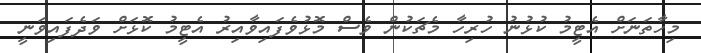
މިހާތަނަށް އެޓީމު ކުޅުނު ހުރިހާ މެޗަކުން ވެސް މޮޅުވެފައިވާއިރު އެޓީމު ކޮޅަށް ވަދެފައިވަނީ